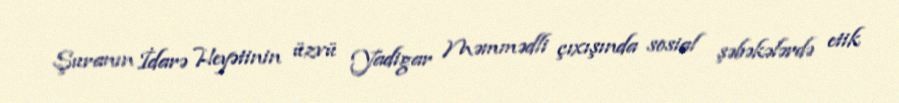
Şuranın İdarə Heyətinin üzvü Yadigar Məmmədli çıxışında sosial şəbəkələrdə etik